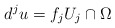
\begin{align*}d^j u = f_j U_j \cap \Omega\end{align*}